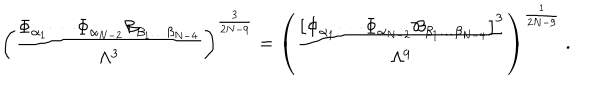
\left( { \frac { \Phi _ { \alpha _ { 1 } } \cdots \Phi _ { \alpha _ { N - 2 } } { \cal B } _ { \beta _ { 1 } \dots \beta _ { N - 4 } } } { \Lambda ^ { 3 } } } \right) ^ { \frac { 3 } { 2 N - 9 } } = \left( { \frac { \left[ \Phi _ { \alpha _ { 1 } } \cdots \Phi _ { \alpha _ { N - 2 } } { \cal B } _ { \beta _ { 1 } \dots \beta _ { N - 4 } } \right] ^ { 3 } } { \Lambda ^ { 9 } } } \right) ^ { \frac { 1 } { 2 N - 9 } } ~ .